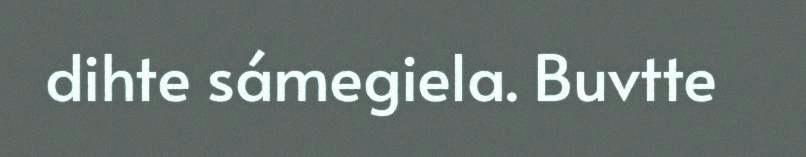
dihte sámegiela. Buvtte